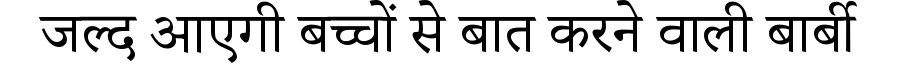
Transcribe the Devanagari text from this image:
जल्द आएगी बच्चों से बात करने वाली बार्बी